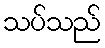
သပ်သည်